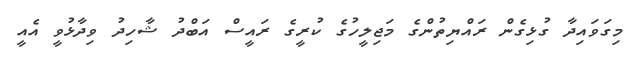
މިގަވައިދާ ގުޅިގެން ރައްޔިތުންގެ މަޖިލީހުގެ ކުރީގެ ރައީސް އަބްދު ޝާހިދު ވިދާޅުވީ އެއީ